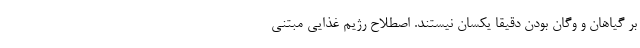
بر گیاهان و وگان بودن دقیقا یکسان نیستند. اصطلاح رژیم غذایی مبتنی